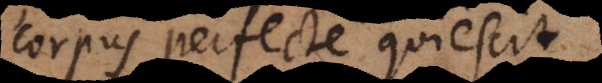
corpus perfecte quiescit